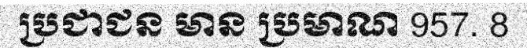
ប្រជាជន មាន ប្រមាណ 957. 8